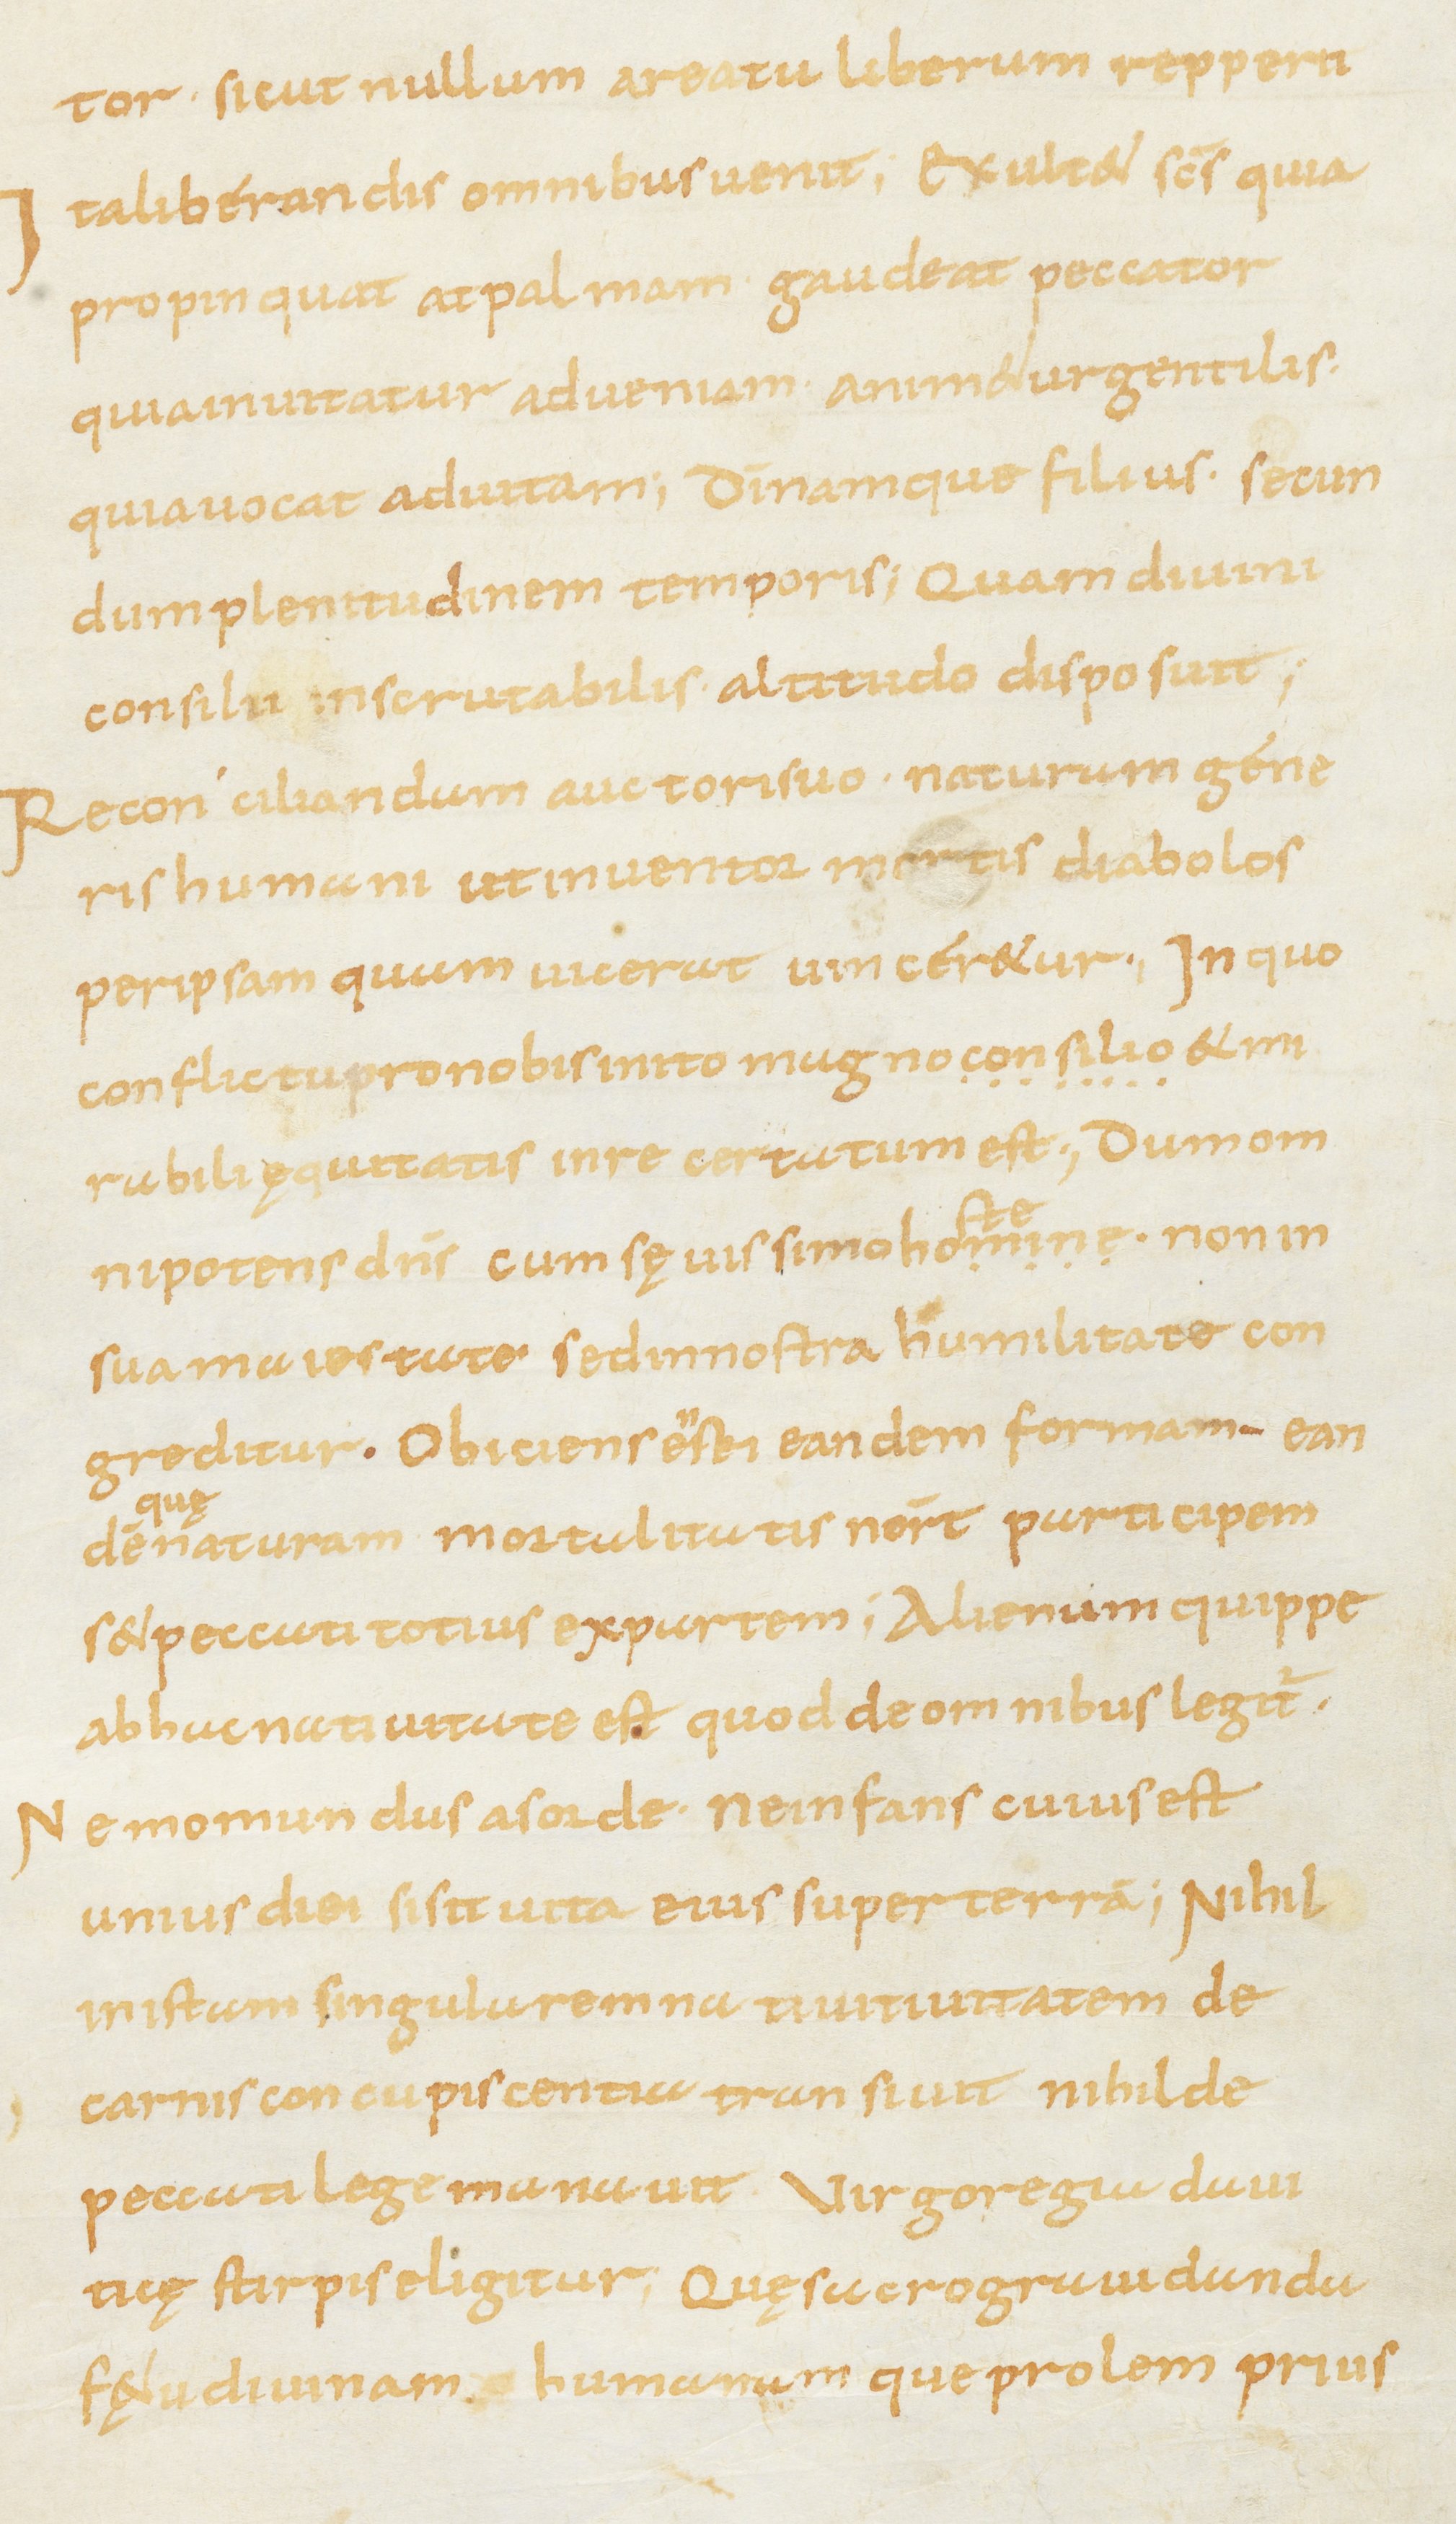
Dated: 800–899